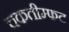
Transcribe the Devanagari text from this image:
चकतीम्फट